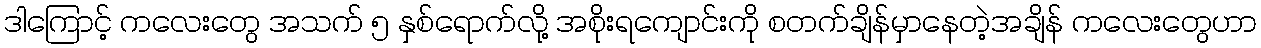
ဒါကြောင့် ကလေးတွေ အသက် ၅ နှစ်ရောက်လို့ အစိုးရကျောင်းကို စတက်ချိန်မှာနေတဲ့အချိန် ကလေးတွေဟာ